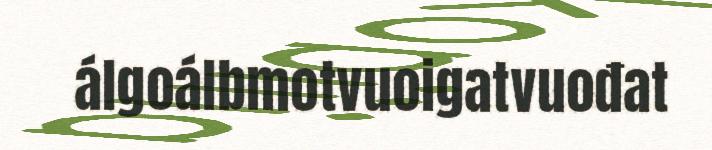
álgoálbmotvuoigatvuođat